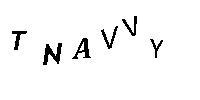
TNAVVY